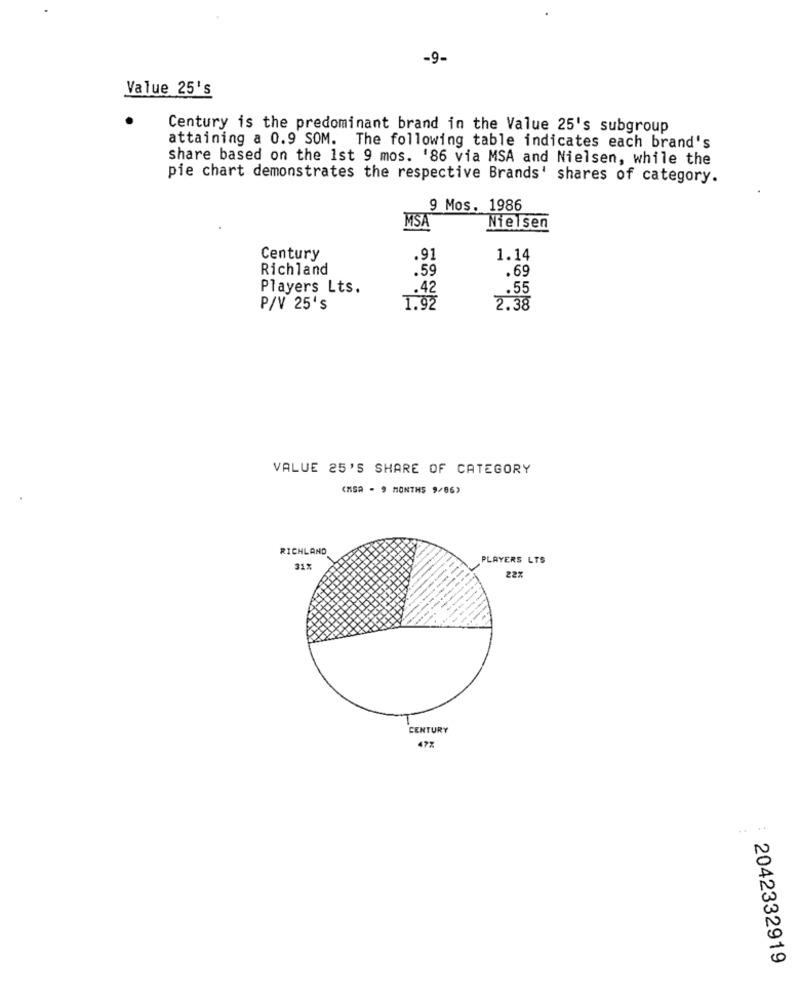
-9-
Value 25's
Century is the predominant brand in the Value 25's subgroup
attaining a 0.9 SOM. The following table indicates each brand's
share based on the 1st 9 mos. '86 via MSA and Nielsen, while the
pie chart demonstrates the respective Brands' shares of category.
9 Mos. 1986
MSA
Nielsen
Century
.91
1.14
Richland
.59
.69
Players Lts.
.42
.55
P/V 25's
1.92
2.38
VALUE 25'S SHARE OF CATEGORY
RICHLAND
PLAYERS LTS
31%
22%
CENTURY
47%
.. ..
2042332919